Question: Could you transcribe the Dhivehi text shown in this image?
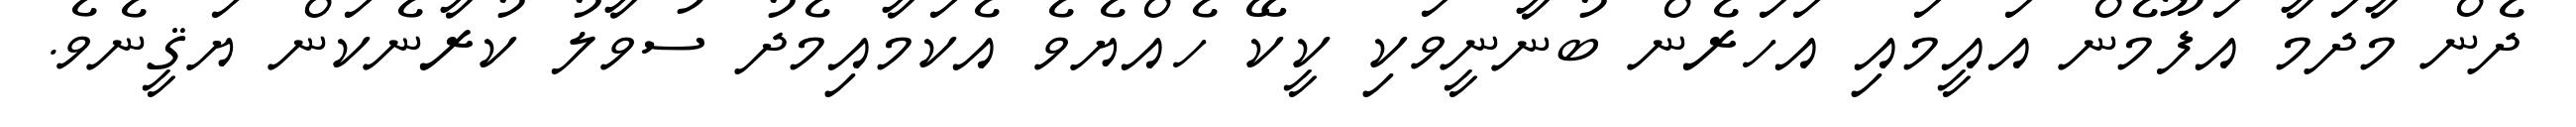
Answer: ދެން މާދަމާ އަފޫމެން އައީމައި އަހަރެން ބުނާނީވަކި ކީކޭ ހެއްޔެވެ އެކަމާއިމެދު ސުވާލު ކުރާނެކަން ޔަޤީނެވެ.